Vaccination in Bombay 1869-1873 - 1869-1873
Year: 1869
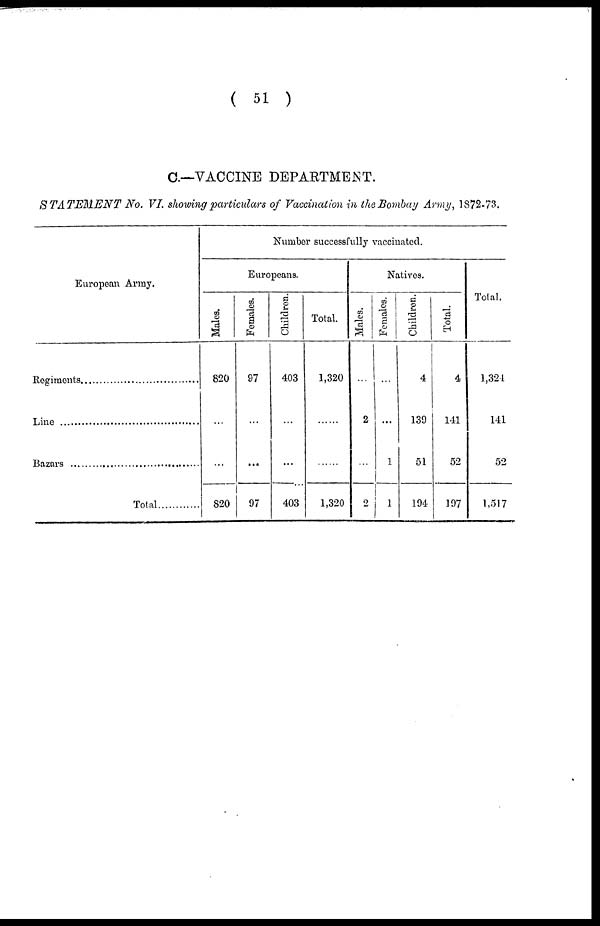
( 51 )
C.—VACCINE DEPARTMENT.
STATEMENT
No. VI. showing particulars of Vaccination in the Bombay Army, 1872-73.
European Army.
Rogiments .............
Line ...............
Bazars ...............
Total ............
Number successfully vaccinated.
Europeans.
Males.
820
...
...
820
Females.
97
...
...
97
Children.
403
...
...
403
Total.
1,320
...
...
1,320
Natives.
Males.
...
2
...
2
Females.
...
...
1
1
Children.
4
139
51
194
Total.
4
141
52
197
Total.
1,324
141
52
1,517